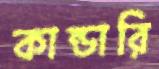
কান্ডারি